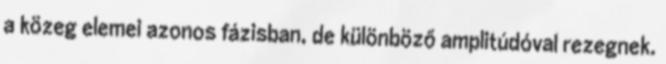
a közeg elemei azonos fázisban, de különböző amplitúdóval rezegnek.